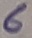
Text: 6